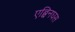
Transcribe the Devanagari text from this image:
एब्बिनघस